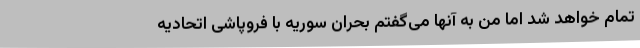
تمام خواهد شد اما من به آنها می‌گفتم بحران سوریه با فروپاشی اتحادیه